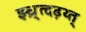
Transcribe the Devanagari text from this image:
झ्ध्र्त्दढ़थ्त्